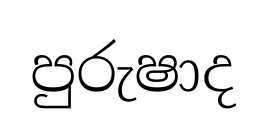
පුරුෂාද